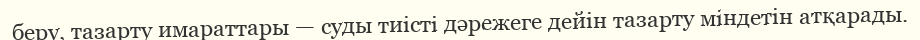
беру, тазарту имараттары — суды тиісті дәрежеге дейін тазарту міндетін атқарады.